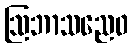
ဩဘာသညေဝ